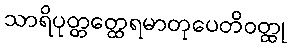
သာရိပုတ္တတ္ထေရမာတုပေတိဝတ္ထု